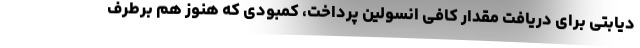
دیابتی برای دریافت مقدار کافی انسولین پرداخت، کمبودی که هنوز هم برطرف